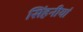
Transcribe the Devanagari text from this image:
सिंहनीयां